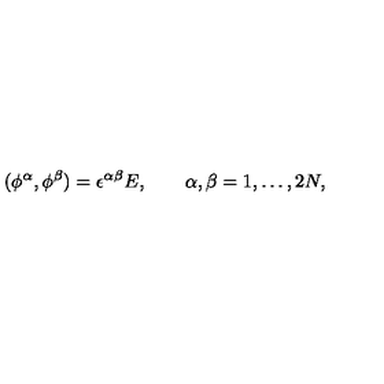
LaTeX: ( \phi ^ { \alpha } , \phi ^ { \beta } ) = \epsilon ^ { \alpha \beta } E , \qquad \alpha , \beta = 1 , \dots , 2 N ,